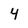
Character: 4